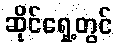
ဆိုင်ရှေ့တွင်